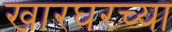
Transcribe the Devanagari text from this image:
खारघरच्या